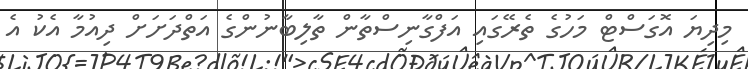
މިދިޔަ އޮގަސްޓް މަހުގެ ތެރޭގައި އަފްގާނިސްތާން ތާލިބާނުންގެ އަތްދަށަށް ދިއުމާ އެކު އެ